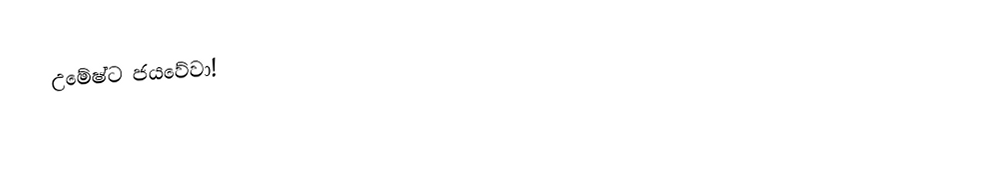
උමේෂ්ට ජයවේවා!